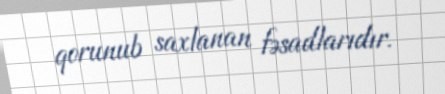
qorunub saxlanan fəsadlarıdır.